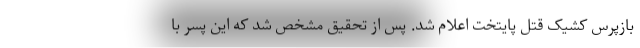
بازپرس کشیک قتل پایتخت اعلام شد. پس از تحقیق مشخص شد که این پسر با